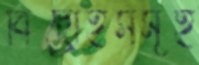
বিদ্রোহসমূহ